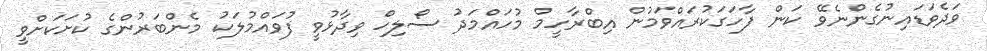
ވަދެވަޑައިނުގެންނެވޭ ކަން ފާހަގަކުރައްވަމުން އިބްރާހީމް މުހައްމަދު ސޯލިހް ވިދާޅުވީ ފުވައްމުލަކު މެންބަރުންގެ ކުށަކަށްވީ